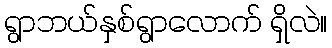
ရွာဘယ်နှစ်ရွာလောက် ရှိလဲ။